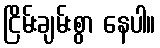
ငြိမ်းချမ်းစွာ နေပါ။